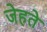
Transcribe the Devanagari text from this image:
जेहते